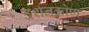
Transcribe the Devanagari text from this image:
दर्शनकोण